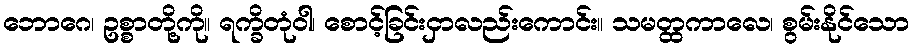
ဘောဂေ၊ ဥစ္စာတို့ကို။ ရက္ခိတုံဝါ၊ စောင့်ခြင်းငှာလည်းကောင်း။ သမတ္ထကာလေ၊ စွမ်းနိုင်သော